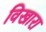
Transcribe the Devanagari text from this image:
विखारा